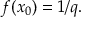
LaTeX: f ( x _ { 0 } ) = 1 / q .